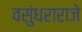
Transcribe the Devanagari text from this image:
वसुंधराराजे